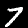
Digit: 7